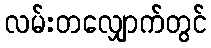
လမ်းတလျှောက်တွင်